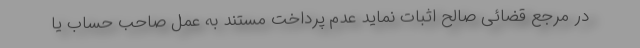
در مرجع قضائی صالح اثبات نماید عدم پرداخت مستند به عمل صاحب حساب یا